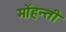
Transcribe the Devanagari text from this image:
मोंहन्ती